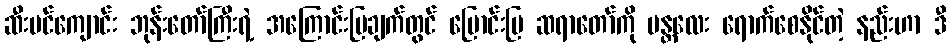
ဆီးပင်ကျောင်း ဘုန်းတော်ကြီးရဲ့ အကြောင်းပြချက်တွင် မြောင်းမြ ဆရာတော်ကို မန္တလေး ရောက်စေနိုင်တဲ့ နည်းဟာ ဒီ